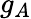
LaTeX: g_{A}